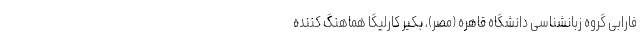
فارابی گروه زبانشناسی دانشگاه قاهره (مصر)، بکیر کارلیگا هماهنگ کننده